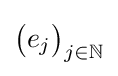
{\big (}e_{j}{\big )}_{j\in \mathbb {N} }